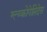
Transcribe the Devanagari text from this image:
ग्ल्य्कोपेप्तिदेस